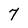
Character: 7